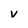
Character: V